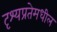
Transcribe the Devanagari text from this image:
दृश्यप्रतेमधील